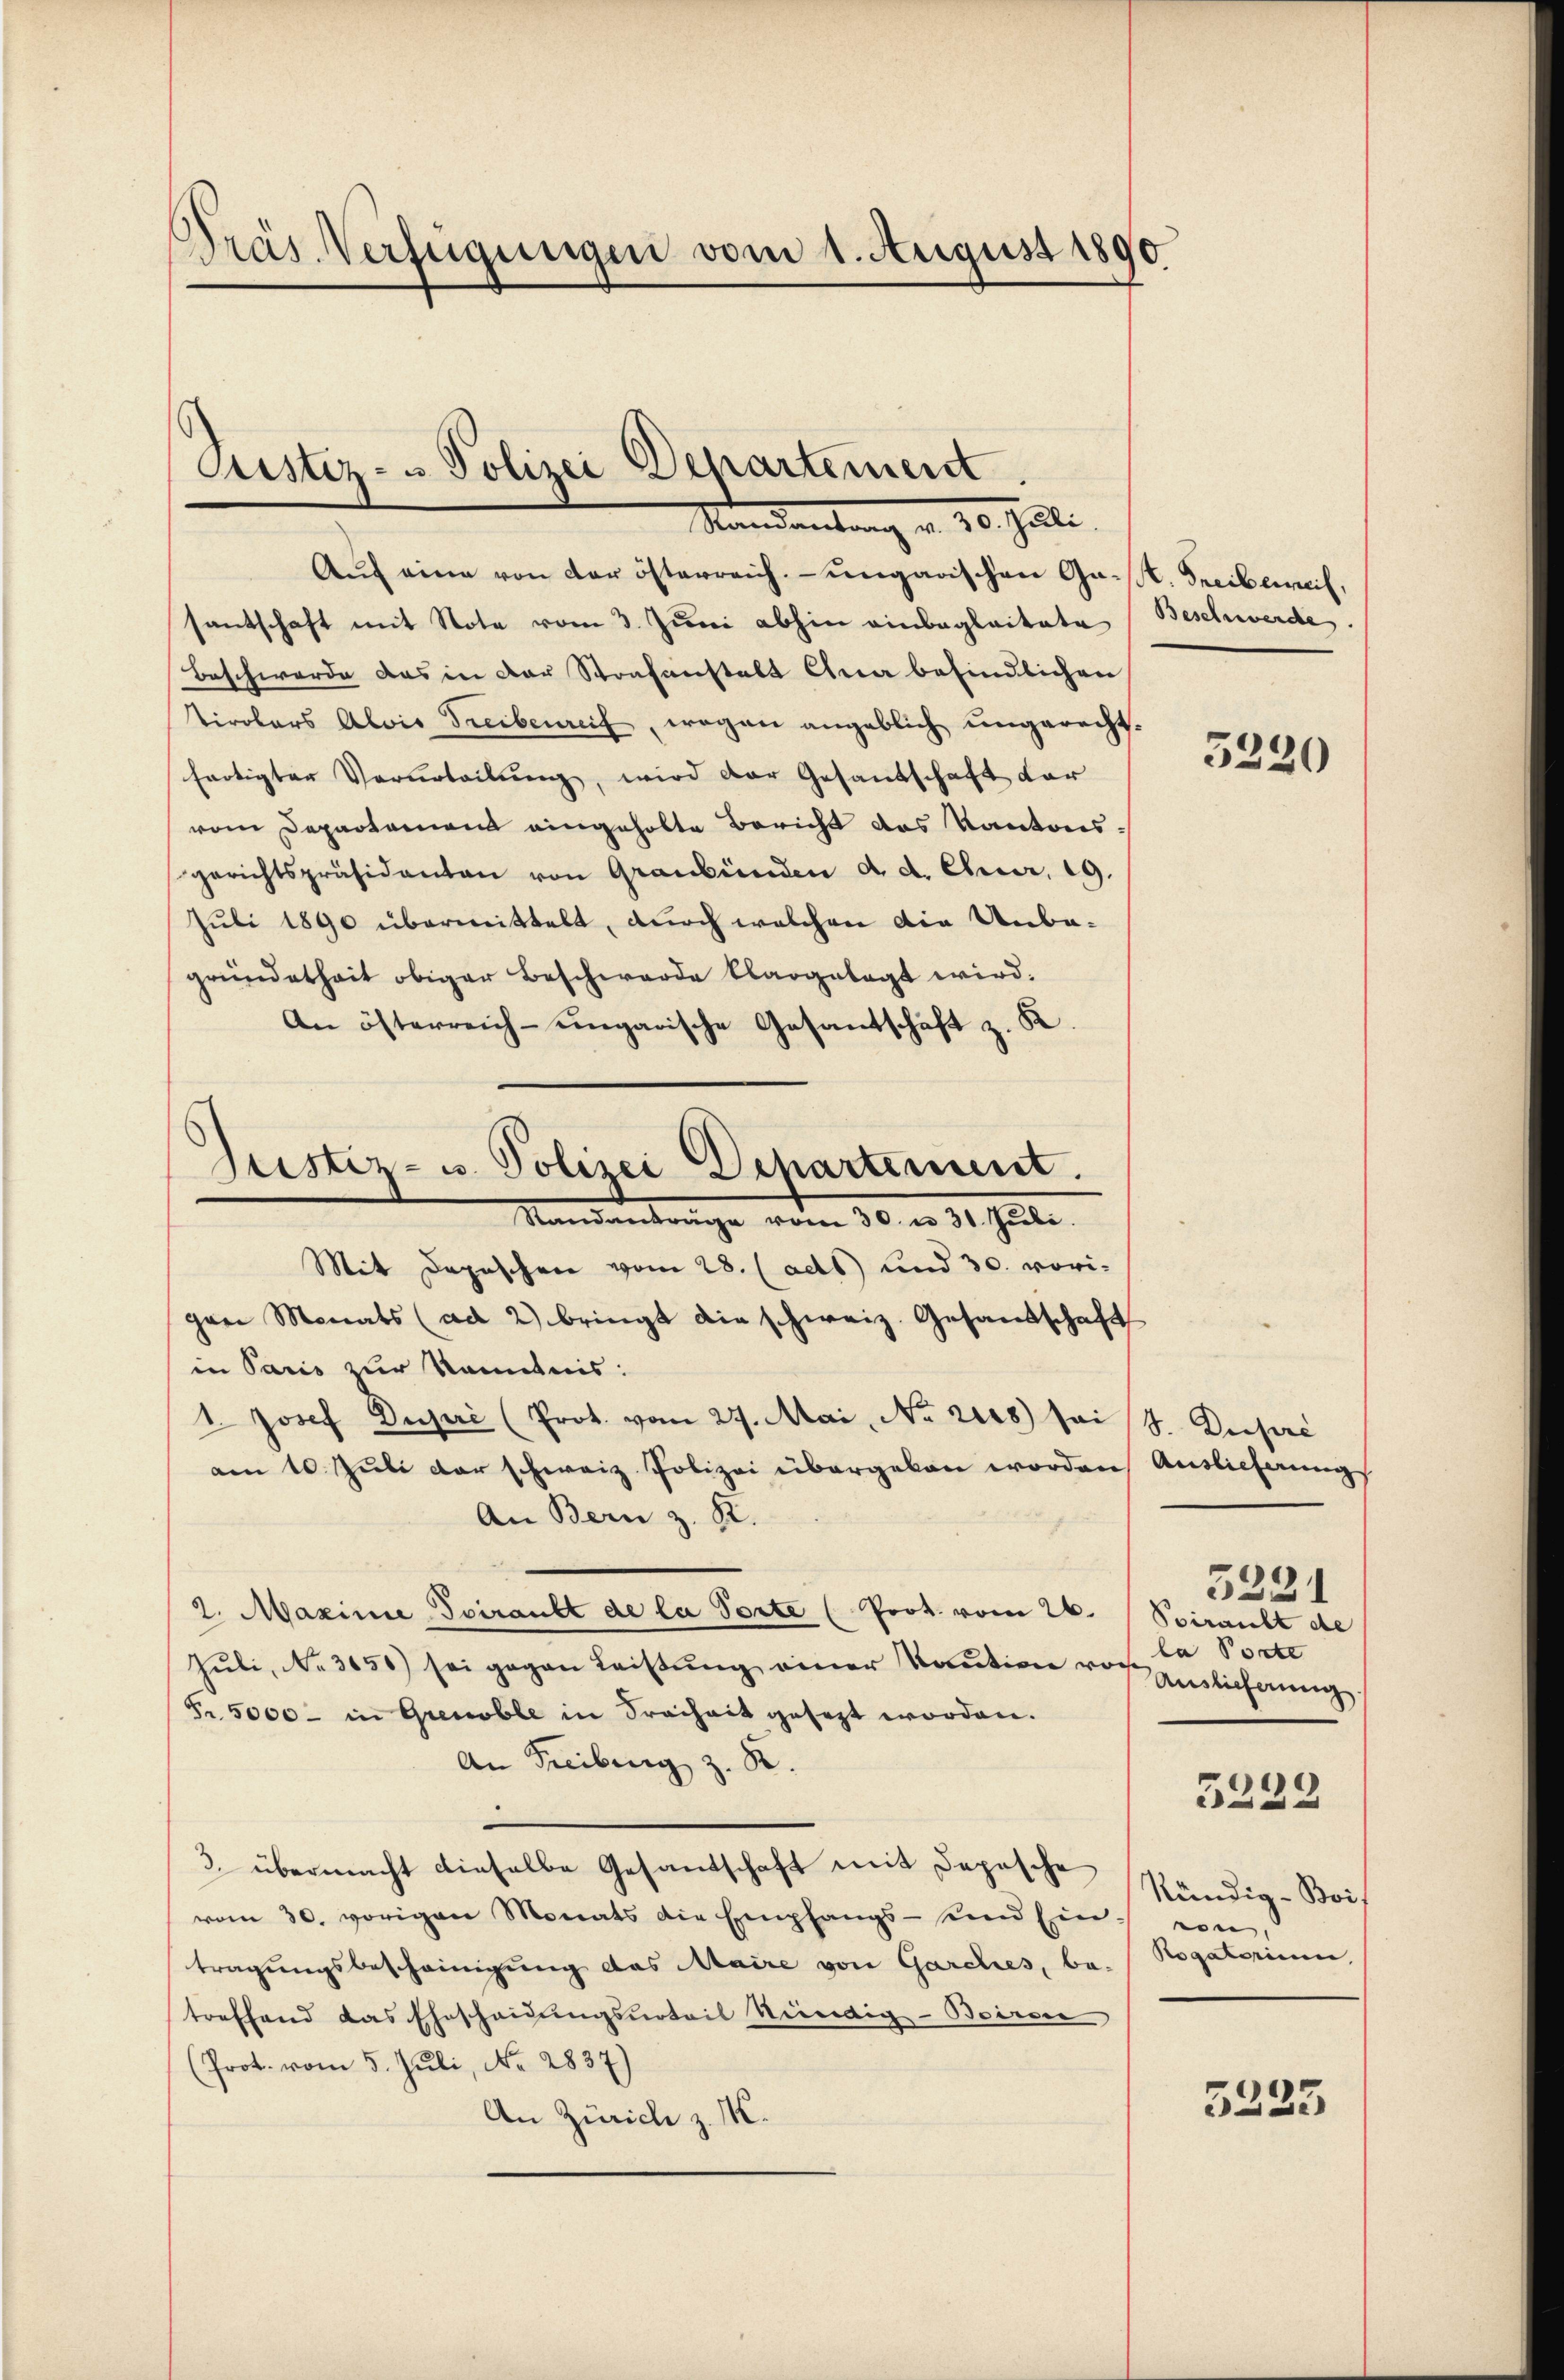
Dras Verfügungen vom 1. August 1890

Justiz- u Polizei Departement
Standantung v. 20. Juli.

Justiz- u. Polizei Departement.
Mandantrage vom 30. an 14. Juli.

Aŭf eine von der österreich. ungarischen Gast. Freibereit,
santschaft mit Note vom 3. Juni abhin einbegleitete
Beschwerde das in der Strafanstalt Qua befindlichen
tirolers Alois Treibenreif, wegen angeblich ungerecht-
fertigter Verurteilung, wird der Gesandschaft dar
vom Departement eingeholte Bericht das Kantons-
gerichtspräsidenten von Graubünden d. d. Ebener, 19.
Juli 1890 übermittelt, durch welchen die Unbegründetheit obiger Beschwerde klargelegt wird.
An österreich-ungarische Gesantschaft z. K
Mit Depeschen vom 28. (ads und 30. vorigrei Monats (ad 2) bringt die schweiz. Gesandschaft
in Paris zur Kenntnis:
1. Josef Dupri (Prot. vom 27. Mai, No 2128) sei S. Pusić
am 10. Juli der schweiz. Polizei übergeben worden Auslieferung
An Bern z. R.
2. Maxime Svirankt de la Torte (Prot. vom 26. Spirankt de
Juli, No 3650) sei gegen Leistung einer Kaution von la Porte
Fr. 5000 - in Grenoble in Freiheit gesezt worden.
An Freiberg z. R.
3. übermacht dieselbe Gesandschaft mit Depesche
vom 30. vorigen Monats die Empfangs- und Ein von
tragungsbescheinigung das Maire von Garches, be-  Rogatorium,
treffend das Ehescheidungsurteil kündig-Beira
(Prot. vom 5. Juli, No. 2837)
An Zürich z. M.

Beschwerde.

5220

5231
Auslieferung
5229
kündig-Bois

5223